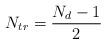
LaTeX: \begin{align*}N_{tr}=\frac{N_d-1}{2}\end{align*}